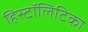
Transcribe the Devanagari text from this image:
हिस्टॉलिटिका